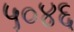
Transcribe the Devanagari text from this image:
५०४६